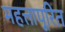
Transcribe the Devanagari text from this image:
महत्तापूरित